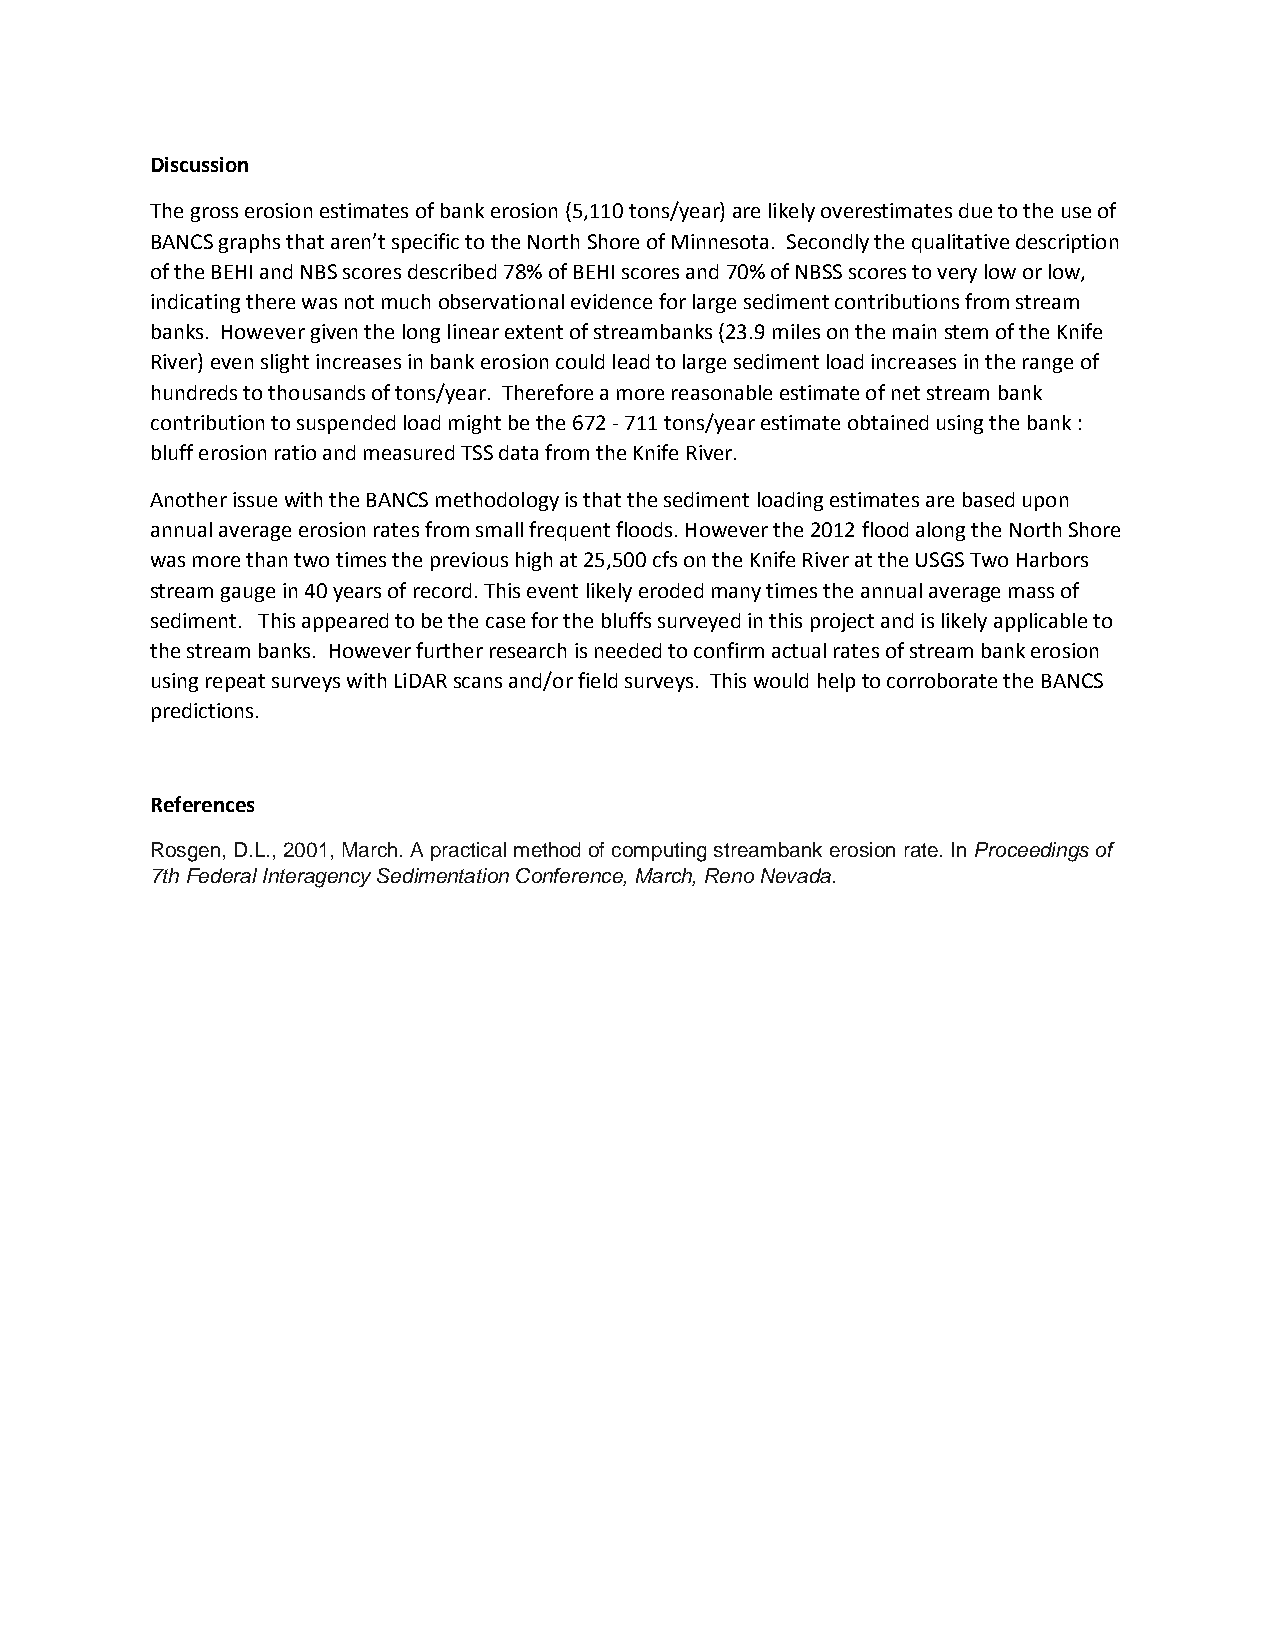
Discussion
 The gross erosion estimates of bank erosion (5,110 tons/year) are likely overestimates due to the use of
 BANCS graphs that aren’t specific to the North Shore of Minnesota. Secondly the qualitative description
 of the BEHI and NBS scores described 78% of BEHI scores and 70% of NBSS scores to very low or low,
 indicating there was not much observational evidence for large sediment contributions from stream
 banks. However given the long linear extent of streambanks (23.9 miles on the main stem of the Knife
 River) even slight increases in bank erosion could lead to large sediment load increases in the range of
 hundreds to thousands of tons/year. Therefore a more reasonable estimate of net stream bank
 contribution to suspended load might be the 672 - 711 tons/year estimate obtained using the bank :
 bluff erosion ratio and measured TSS data from the Knife River.
 Another issue with the BANCS methodology is that the sediment loading estimates are based upon
 annual average erosion rates from small frequent floods. However the 2012 flood along the North Shore
 was more than two times the previous high at 25,500 cfs on the Knife River at the USGS Two Harbors
 stream gauge in 40 years of record. This event likely eroded many times the annual average mass of
 sediment. This appeared to be the case for the bluffs surveyed in this project and is likely applicable to
 the stream banks. However further research is needed to confirm actual rates of stream bank erosion
 using repeat surveys with LiDAR scans and/or field surveys. This would help to corroborate the BANCS
 predictions.
 References
 Rosgen, D.L., 2001, March. A practical method of computing streambank erosion rate. In Proceedings of
 7th Federal Interagency Sedimentation Conference, March, Reno Nevada.